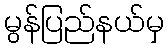
မွန်ပြည်နယ်မှ